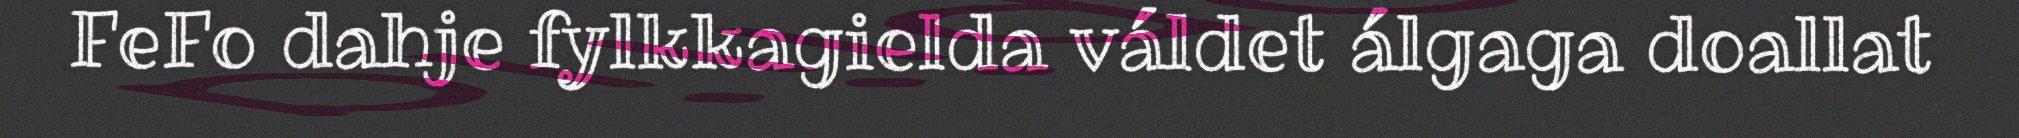
FeFo dahje fylkkagielda váldet álgaga doallat